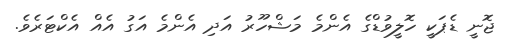
ޖޮނީ ޑެޕަކީ ހޮލީވުޑްގެ އެންމެ މަޝްހޫރު އަދި އެންމެ އަގު އެއް އެކްޓަރެވެ.